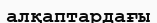
алқаптардағы